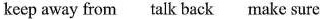
keep away from talk back make sure